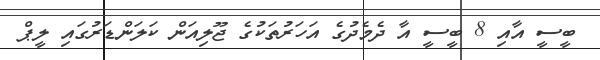
ބީސީ އާއި 8 ބީސީ އާ ދެމެދުގެ އަހަރުތަކުގެ ޖޫލިއަން ކަލަންޑަރުގައި ލީޕް